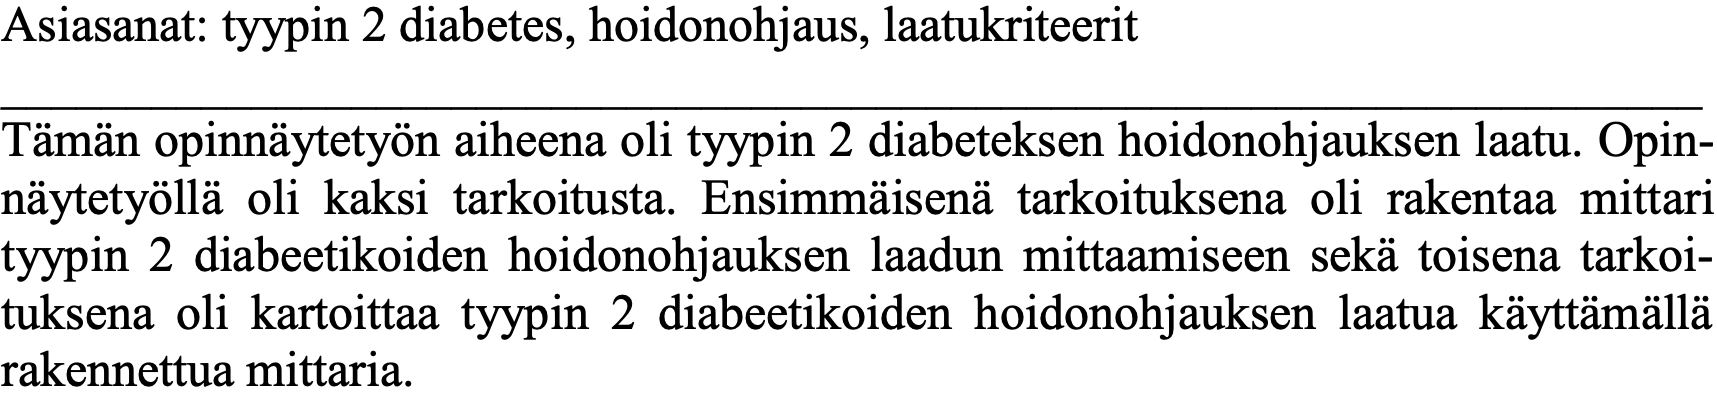
Asiasanat: tyypin 2 diabetes, hoidonohjaus, laatukriteerit ____________________________________________________________________ Tämän opinnäytetyön aiheena oli tyypin 2 diabeteksen hoidonohjauksen laatu. Opin- näytetyöllä oli kaksi tarkoitusta. Ensimmäisenä tarkoituksena oli rakentaa mittari tyypin 2 diabeetikoiden hoidonohjauksen laadun mittaamiseen sekä toisena tarkoi- tuksena oli kartoittaa tyypin 2 diabeetikoiden hoidonohjauksen laatua käyttämällä rakennettua mittaria.